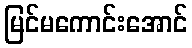
မြင်မကောင်းအောင်